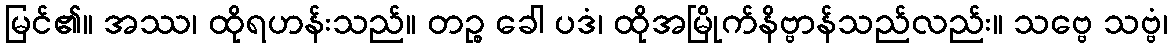
မြင်၏။ အဿ၊ ထိုရဟန်းသည်။ တဉ္စ ခေါ ပဒံ၊ ထိုအမြိုက်နိဗ္ဗာန်သည်လည်း။ သဗ္ဗေ သဗ္ဗံ၊